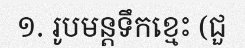
១. រូបមន្តទឹកខ្មេះ (ជួ